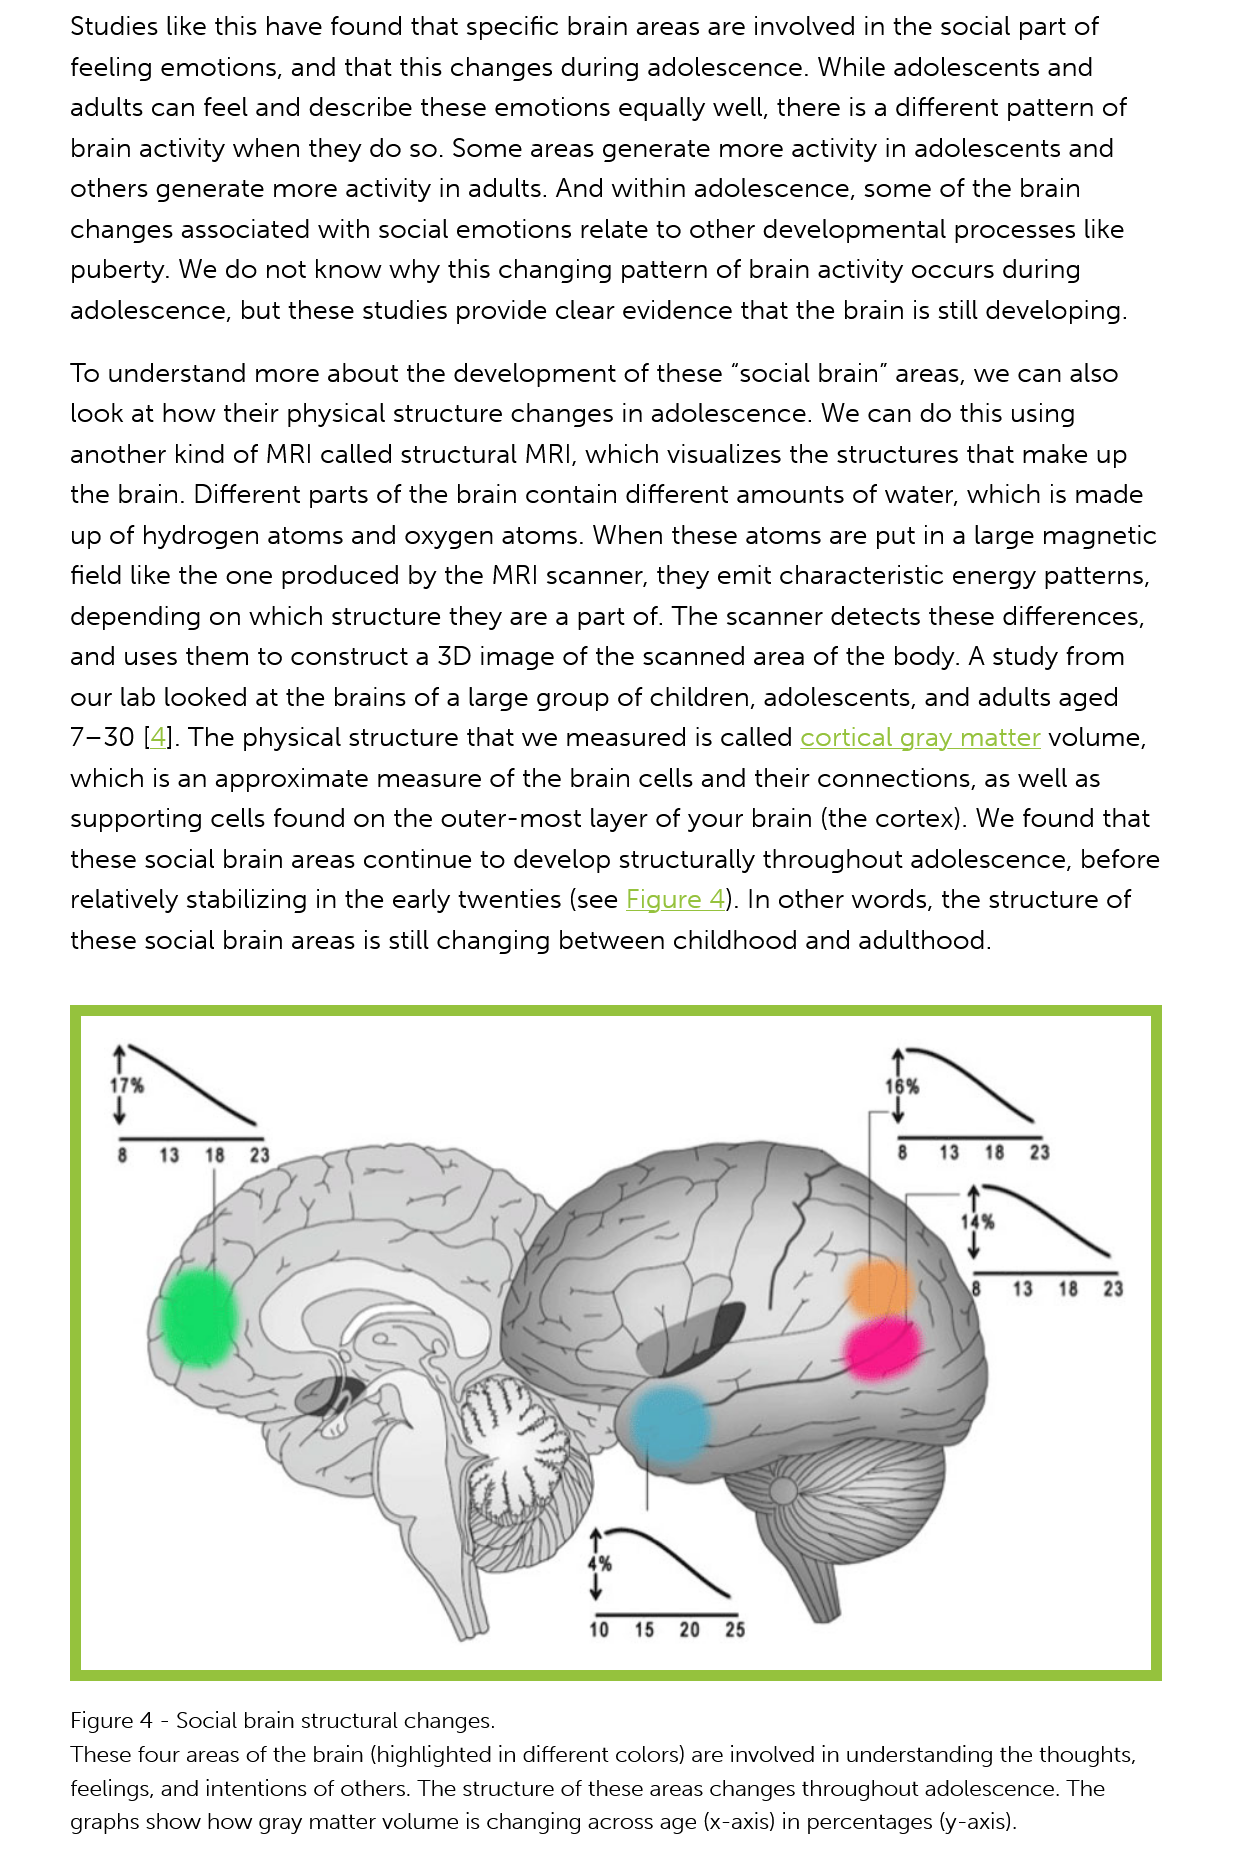
Studies like this have found that specific brain areas are involved in the social part of
     feeling emotions,  and that this changes  during adolescence.   While  adolescents  and
     adults can feel and describe  these emotions   equally well, there is a different pattern of
     brain activity when they do  so. Some  areas  generate  more activity in adolescents  and
     others generate  more activity  in adults. And within adolescence,  some of   the brain
     changes associated   with social emotions   relate to other developmental   processes like
     puberty. We  do  not know  why this  changing  pattern of brain activity occurs during
     adolescence,  but these  studies provide  clear evidence that the brain is still developing.
     To understand   more  about  the development  of  these  “social brain” areas, we can also
     look at how  their physical structure changes  in adolescence.   We can  do this using
     another  kind of MRI called structural MRI, which  visualizes the structures that make  up
     the brain. Different parts of the brain contain different amounts  of water, which  is made
     up of hydrogen   atoms  and oxygen   atoms.  When   these atoms are  put in a large magnetic
     field like the one produced  by the MRI  scanner, they  emit characteristic energy  patterns,
     depending   on which structure  they  are a part of. The scanner detects  these differences,
     and uses  them  to construct  a 3D image  of the scanned   area of the body. A study  from
     our lab looked  at the brains of a large group of children, adolescents, and  adults aged
     7-30  [4]. The physical structure that we measured  is  called cortical gray matter volume,
     which is an approximate   measure   of the brain cells and their connections,  as well as
     supporting  cells found on  the outer-most   layer of your brain (the cortex). We found  that
     these social brain areas continue  to develop  structurally throughout  adolescence,   before
     relatively stabilizing in the early twenties (see Figure 4). In other words, the structure of
     these social brain areas is still changing between  childhood  and  adulthood.
     16%
     14%
     |
     Figure 4
     -
     Social brain structural changes.
     These four areas of the brain (highlighted in different colors) are involved in understanding the thoughts,
     feelings, and intentions of others. The structure of these areas changes throughout adolescence. The
     graphs show how gray matter volume is changing across age (x-axis) in percentages (y-axis).